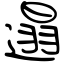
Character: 遢